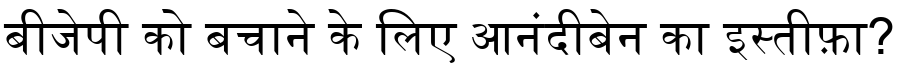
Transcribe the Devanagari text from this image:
बीजेपी को बचाने के लिए आनंदीबेन का इस्तीफ़ा?